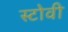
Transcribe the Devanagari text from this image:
स्टोवी